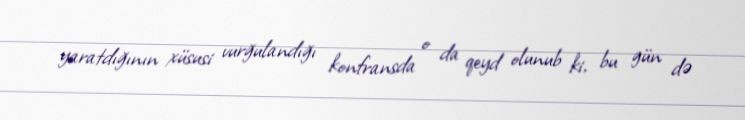
yaratdığının xüsusi vurğulandığı konfransda o da qeyd olunub ki, bu gün də